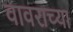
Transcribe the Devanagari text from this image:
वावराच्या